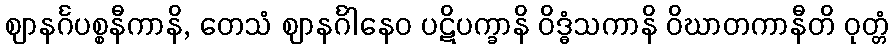
ဈာနင်္ဂပစ္စနီကာနိ, တေသံ ဈာနင်္ဂါနေဝ ပဋိပက္ခာနိ ဝိဒ္ဓံသကာနိ ဝိဃာတကာနီတိ ဝုတ္တံ